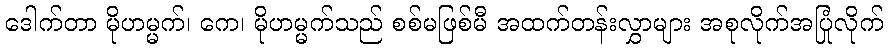
ဒေါက်တာ မိုဟမ္မက်၊ ကေ၊ မိုဟမ္မက်သည် စစ်မဖြစ်မီ အထက်တန်းလွှာများ အစုလိုက်အပြုံလိုက်